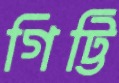
গিট্টি